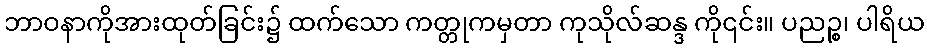
ဘာဝနာကိုအားထုတ်ခြင်း၌ ထက်သော ကတ္တုကမှတာ ကုသိုလ်ဆန္ဒ ကို၎င်း။ ပညဉ္စ၊ ပါရိယ